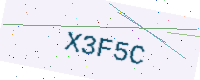
Text: X3F5C